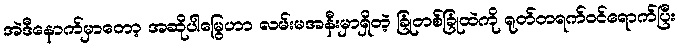
အဲဒီနောက်မှာတော့ အဆိုပါမြွေဟာ လမ်းမအနီးမှာရှိတဲ့ ခြုံတစ်ခြုံထဲကို ရုတ်တရက်ဝင်ရောက်ပြီး